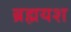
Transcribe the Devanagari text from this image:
ब्रह्मयश